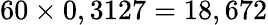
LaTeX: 60\times 0,3127=18,672